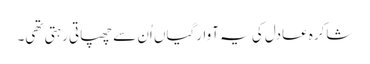
شاکرہ عادل کی یہ آوارگیاں اُن سے چھپاتی رہتی تھی۔